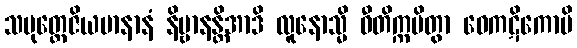
သမုတ္တေဇိယမာနာနံ နိဗ္ဗာနန္တိအာဒိ လူနောသ္မိ ဝီတိက္ကမိတွာ ဝေကဋိကောပိ